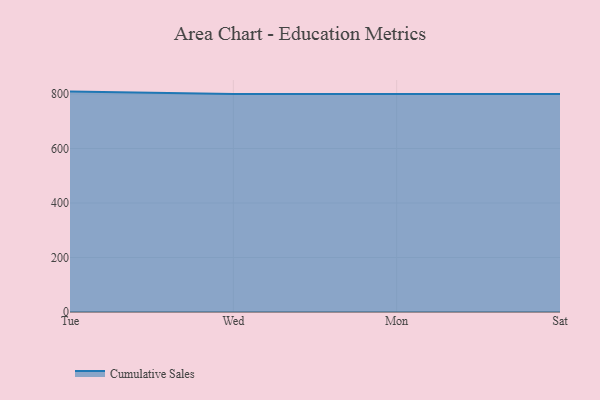
{"axis": {"x": "Day", "y": "Backlog"}, "legend": ["Cumulative Sales"], "data": [{"x": "Tue", "y": 809.0, "type": "Cumulative Sales"}, {"x": "Wed", "y": 800, "type": "Cumulative Sales"}, {"x": "Mon", "y": 800, "type": "Cumulative Sales"}, {"x": "Sat", "y": 800, "type": "Cumulative Sales"}]}